Medical and sanitary report of the native army of Madras for the year
Year: 1877
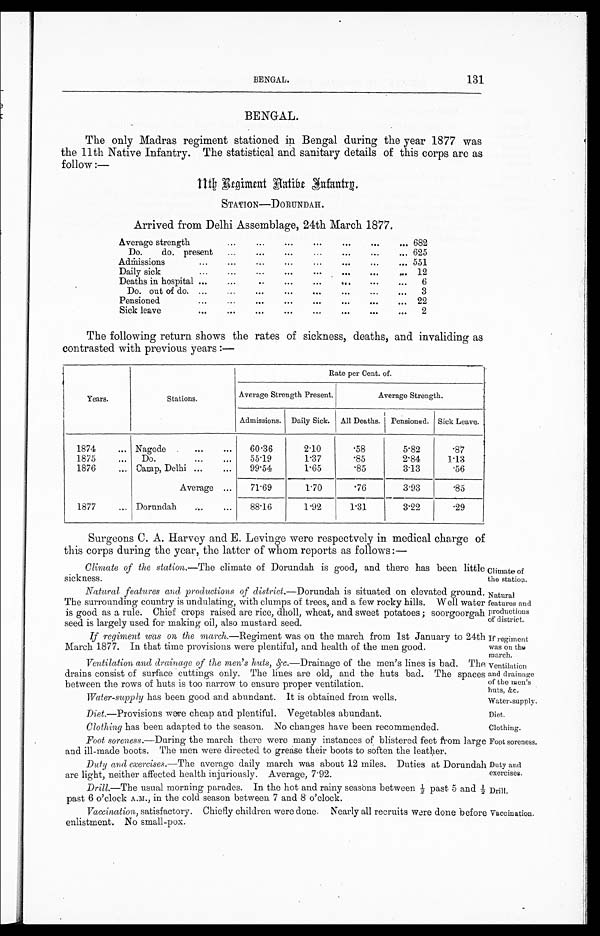
Climate of
the station.
Natural
features and
productions
of district.
If regiment
was on the
march.
Ventilation
and drainage
of the men's
huts, &c.
Water-supply. Diet.
Clothing.
Foot soreness.
Duty and
exercises.
Drill.
V a c c i n a t i o n , s a t i s f a c t o r y . C h i e f l y c h i l d r e n w e r e d o n e . N e a r l y a l l r e c r u i t s w e r e d o n e b e f o r e
enl i st ment . No smal l - pox.
Vaccination.
BENGAL.
131
BENGAL.
The only Madras regiment stationed in Bengal during the year 1877 was
the 11th Native Infantry. The statistical and sanitary details of this corps are as
follow :—
1 1 t h R e g i m e n t N
a t i v e
I n f a n t r y .
S T A T I O N — D O R U N D A H .
Arrived from Delhi Assemblage, 24th March 1877.
Average strength
. . .
...
...
...
. . . . . .
... 682
Do. do. present
...
. . .
. . .
...
. . .
...
... 625
Admissions ...
. . .
...
...
...
...
...
... 551
Daily sick...
. . .
. . .
...
. . .
. . .
. . .
. . .
12
Deaths in hospital ...
...
. . .
...
...
. . .
. . .
...
6
Do. out of do. ...
...
...
...
...
...
...
...
3
Pensioned
...
...
...
...
...
. . .
...
... 22
Sick leave
...
...
. . .
...
...
. . .
. . .
...
2
The following return shows the rates of sickness, deaths, and invaliding as
contrasted with previous years :—
Years.
Stations.
Rate per Cent. of.
Average Strength Present.
Average Strength.
Admissions.
Daily Sick.
All Deaths.
Pensioned. Sick Leave.
1874
... Nagode
...
...
6 0 . 3 6
2.10
.58
5.82
.87
1875
...
Do. ... ...
55 . 19
1.37
.85
2.84
1.13
1876
... Camp, Delhi ...
...
99.54
1.65
.85
3.13
.56
Average ...
71.69
1.70
.76
3.93
.85
1877
... Dorundah
... ...
88.16
1.92
1.31
3.22
.29
Surgeons C. A. Harvey and E. Levinge were respectvely in medical charge of
this corps during the year, the latter of whom reports as follows:—
Climate of the station. —The climate of Dorundah is good, and there has been litt
le sickness.
Natural features and productions of district. —Dorundah is situated on elevated ground.
The surrounding country is undulating, with clumps of trees, and a few rocky hills. Well water
is good as a rule. Chief crops raised are rice, dholl, wheat, and sweet potatoes ; soorgoorgah
seed
is largely used for making oil, also mustard seed.
If regiment was on the march. —Regiment was on the march from 1st January to 24th
March 1877. In that time provisions were plentiful, and health of the men good.
Ventilation and drainage of the men's huts, &c. —Drainage of the men's lines is bad. The
drains consist of surface cuttings only. The lines are old, and the huts bad. The spaces
between the rows of huts is too narrow to ensure proper ventilation.
Water-supply has been good and abundant. It is obtained from wells.
Diet.—Provisions were cheap and plentiful. Vegetables abundant.
Clothing has been adapted to the season. No changes have been recommended.
Foot soreness. —During the march there were many instances of blistered feet f rom large
and ill-made boots. The men were directed to grease their boots to soften the leather.
Duty and exercises. —The average daily march was about 12 miles. Duties at Dorundah
are light, neither affected health injuriously. Average, 7.92.
Drill.—The usual morning parades. In the hot and rainy seasons between ½ past 5 and
½ past 6 o'clock A.M., in the cold season between 7 and 8 o'clock.
Vaccination, satisfactory. Chiefly children were done. Nearly all recruits Were done before
enlistment. No small - pox.
Vaccination.